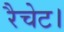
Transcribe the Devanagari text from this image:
रैचेट।